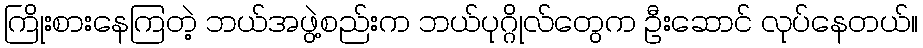
ကြိုးစားနေကြတဲ့ ဘယ်အဖွဲ့စည်းက ဘယ်ပုဂ္ဂိုလ်တွေက ဦးဆောင် လုပ်နေတယ်။